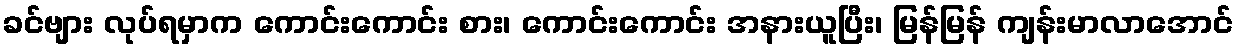
ခင်ဗျား လုပ်ရမှာက ကောင်းကောင်း စား၊ ကောင်းကောင်း အနားယူပြီး၊ မြန်မြန် ကျန်းမာလာအောင်